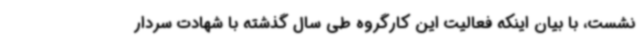
نشست، با بیان اینکه فعالیت این کارگروه طی سال گذشته با شهادت سردار